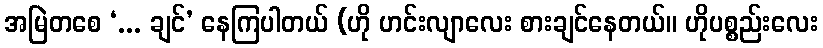
အမြဲတစေ ‘... ချင်’ နေကြပါတယ် (ဟို ဟင်းလျာလေး စားချင်နေတယ်။ ဟိုပစ္စည်းလေး